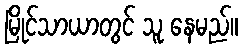
မြိုင်သာယာတွင် သူ နေမည်။